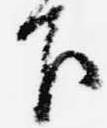
下